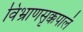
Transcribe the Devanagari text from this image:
विभ्राणसृक्कपालं